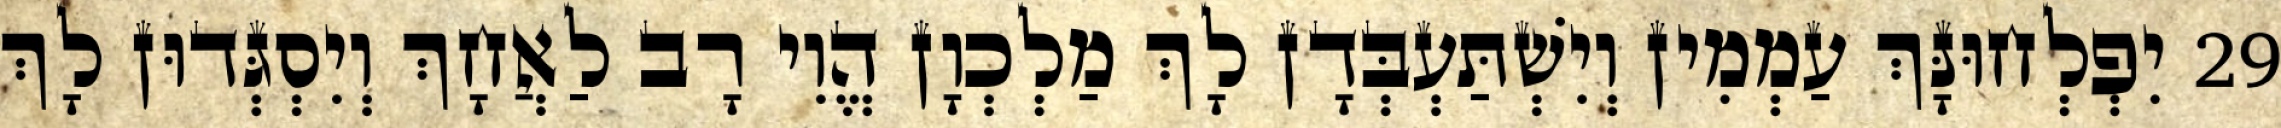
29 יִפְלְחוּנָּךְ עַמְמִין וְיִשְׁתַּעְבְּדָן לָךְ מַלְכְוָן הֱוִי רָב לַאֲחָךְ וְיִסְגְּדוּן לָךְ